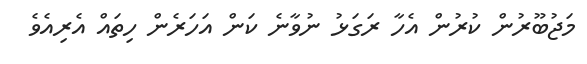
މަޖުބޫރުން ކުރުން އެހާ ރަގަޅު ނުވާނެ ކަން އަހަރެން ހިތައް އެރިއެވެ